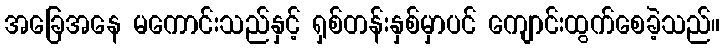
အခြေအနေ မကောင်းသည်နှင့် ရှစ်တန်းနှစ်မှာပင် ကျောင်းထွက်စေခဲ့သည်။